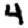
Digit: 4